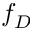
f _ { D }